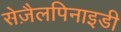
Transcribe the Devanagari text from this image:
सेज़ैलपिनाइडी